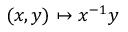
( x , y ) \mapsto x ^ { - 1 } y